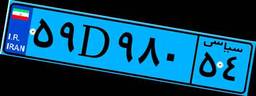
۱۳D۵۷۲۰۴